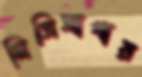
মিসিসাগায়